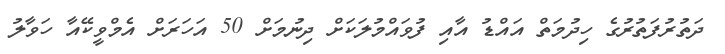
ދަތުރުފަތުރުގެ ހިދުމަތް އައްޑު އާއި ފުވައްމުލަކަށް ދިނުމަށް 50 އަހަރަށް އެމްވީކޭއާ ހަވާލު